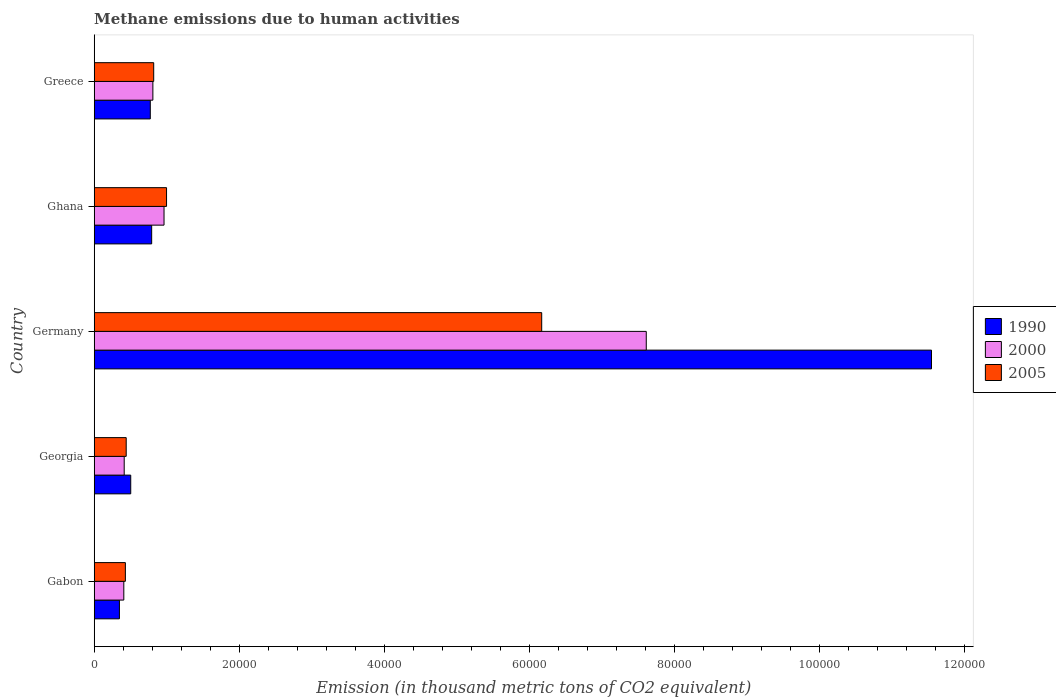
| Country | 1990 | 2000 | 2005 |
 | --- | --- | --- | --- |
 | Gabon | 3.48e+03 | 4.08e+03 | 4.3e+03 |
 | Georgia | 5.04e+03 | 4.14e+03 | 4.41e+03 |
 | Germany | 1.15e+05 | 7.61e+04 | 6.17e+04 |
 | Ghana | 7.92e+03 | 9.63e+03 | 9.98e+03 |
 | Greece | 7.73e+03 | 8.09e+03 | 8.2e+03 |